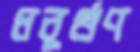
ধনুর্গুণ